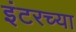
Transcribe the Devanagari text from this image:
इंटरच्या